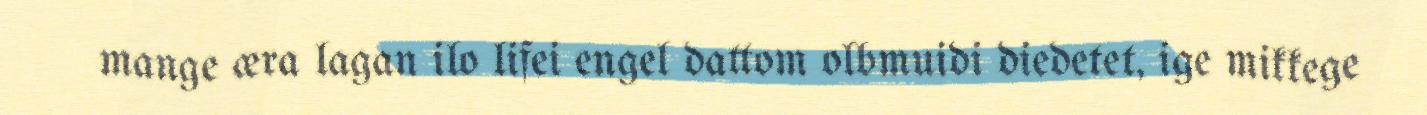
mange æra lagan ilo lifei engel dattom olbmuidi diedetet, ige mikkege